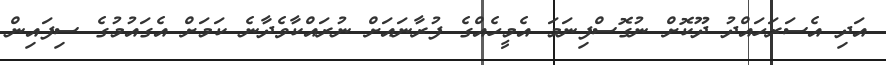
އަދި އެސަރަހައްދު ދޫކޮށް ނުގޮސްފިނަމަ އެމީހެއްގެ ފުރާނައަށް ނުރައްކާވެދާނެ ކަމަށް އެގައުމުގެ ސިފައިން